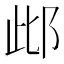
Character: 𨚖